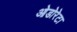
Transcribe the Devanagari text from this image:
ओडोरेटा